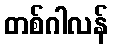
တစ်ဂါလန်